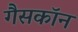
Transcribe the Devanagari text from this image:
गैसकॉन